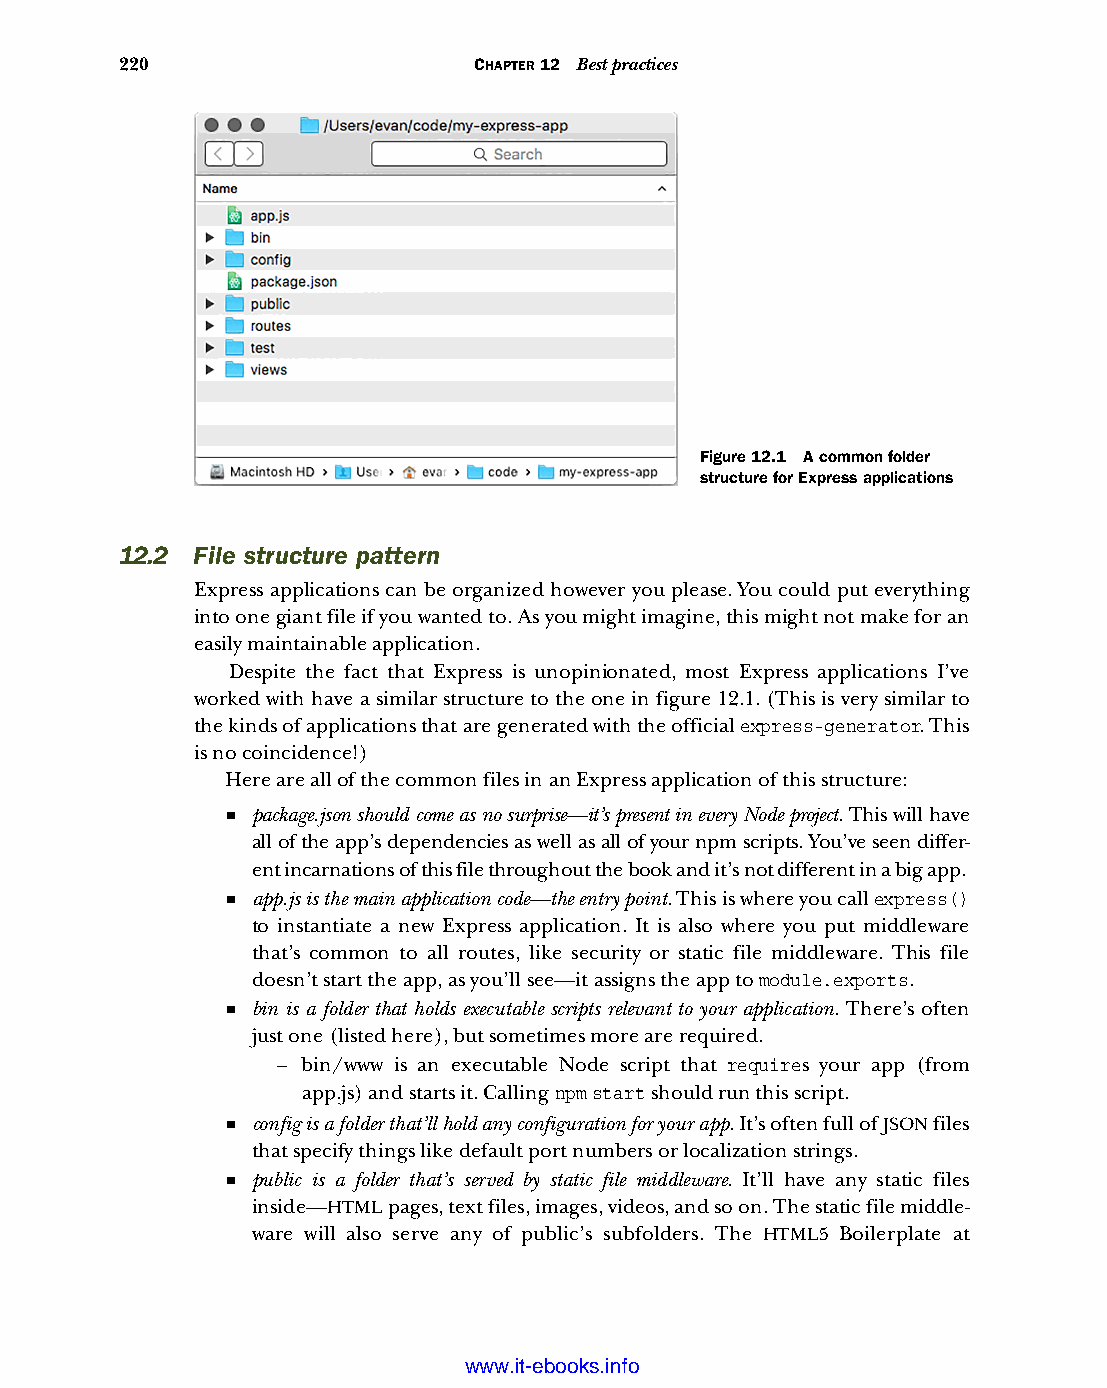
220                    CHAPTER 12 Best practices
 Figure 12.1 A common folder
 structure for Express applications
 12.2 File structure pattern
 Express applications can be organized however you please. You could put everything
 into one giant file if you wanted to. As you might imagine, this might not make for an
 easily maintainable application.
 Despite the fact that Express is unopinionated, most Express applications I’ve
 worked with have a similar structure to the one in figure 12.1. (This is very similar to
 the kinds of applications that are generated with the official express-generator. This
 is no coincidence!)
 Here are all of the common files in an Express application of this structure:
 ■ package.json should come as no surprise—it’s present in every Node project. This will have
 all of the app’s dependencies as well as all of your npm scripts. You’ve seen differ-
 ent incarnations of this file throughout the book and it’s not different in a big app.
 ■ app.js is the main application code—the entry point. This is where you call express()
 to instantiate a new Express application. It is also where you put middleware
 that’s common to all routes, like security or static file middleware. This file
 doesn’t start the app, as you’ll see—it assigns the app to module.exports.
 ■ bin is a folder that holds executable scripts relevant to your application. There’s often
 just one (listed here), but sometimes more are required.
 – bin/www is an executable Node script that requires your app (from
 app.js) and starts it. Calling npm start should run this script.
 ■ config is a folder that’ll hold any configuration for your app. It’s often full of JSON files
 that specify things like default port numbers or localization strings.
 ■ public is a folder that’s served by static file middleware. It’ll have any static files
 inside—HTML pages, text files, images, videos, and so on. The static file middle-
 ware will also serve any of public’s subfolders. The HTML5 Boilerplate at
 Licensed wtow w <.mit-ielebro.8o8k8s@.ingfomail.com>